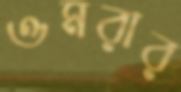
ওমরার